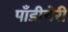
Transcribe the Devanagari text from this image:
पाँडीचेरी